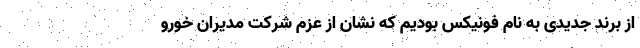
از برند جدیدی به نام فونیکس بودیم که نشان از عزم شرکت مدیران خورو